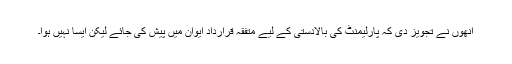
اُنھوں نے تجویز دی کہ پارلیمنٹ کی بالادستی کے لیے متفقہ قرارداد ایوان میں پیش کی جائے لیکن ایسا نہیں ہوا۔